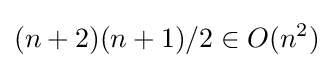
(n+2)(n+1)/2\in O(n^{2})